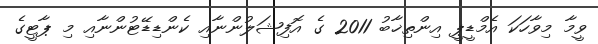
ވީމާ މިވާހަކަ އެމްޑީޕީ އިންތިޚާބު 2011 ގެ އޮފިޝަލުންނާއި ކެންޑިޑޭޓުންނާއި މި ޕާޓީގެ